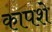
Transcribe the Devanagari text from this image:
कापशे